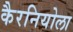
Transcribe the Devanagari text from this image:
कैरनियोला